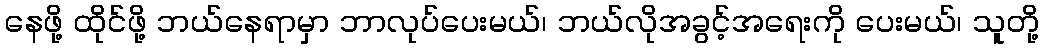
နေဖို့ ထိုင်ဖို့ ဘယ်နေရာမှာ ဘာလုပ်ပေးမယ်၊ ဘယ်လိုအခွင့်အရေးကို ပေးမယ်၊ သူတို့